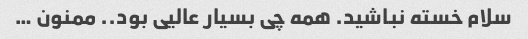
سلام خسته نباشید. همه چی بسیار عالیی بود.. ممنون …